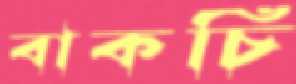
বাকচি